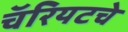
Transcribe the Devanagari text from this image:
चॅरियटचे